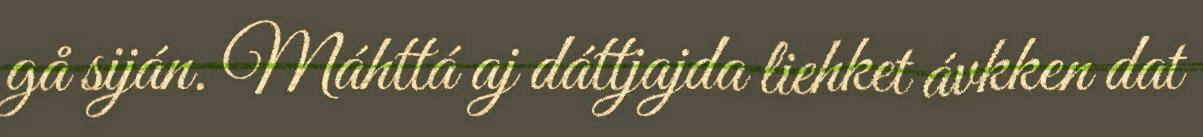
gå siján. Máhttá aj dáttjajda liehket ávkken dat